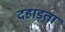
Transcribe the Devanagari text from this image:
दहाड़ता